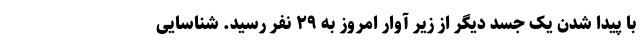
با پیدا شدن یک جسد دیگر از زیر آوار امروز به ۲۹ نفر رسید. شناسایی